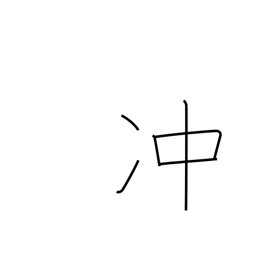
Meaning: rise high into sky